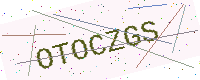
Text: OTOCZGS